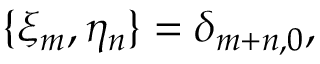
\{ \xi _ { m } , \eta _ { n } \} = \delta _ { m + n , 0 } ,